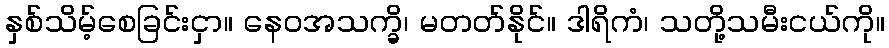
နှစ်သိမ့်စေခြင်းငှာ။ နေဝအသက္ခိ၊ မတတ်နိုင်။ ဒါရိကံ၊ သတို့သမီးငယ်ကို။